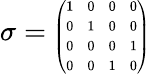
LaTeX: \sigma={\tiny\left(\begin{array}{cccc}{{1}}&{{0}}&{{0}}&{{0}}\\ {{0}}&{{1}}&{{0}}&{{0}}\\ {{0}}&{{0}}&{{0}}&{{1}}\\ {{0}}&{{0}}&{{1}}&{{0}}\end{array}\right)}